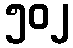
၅၀၂